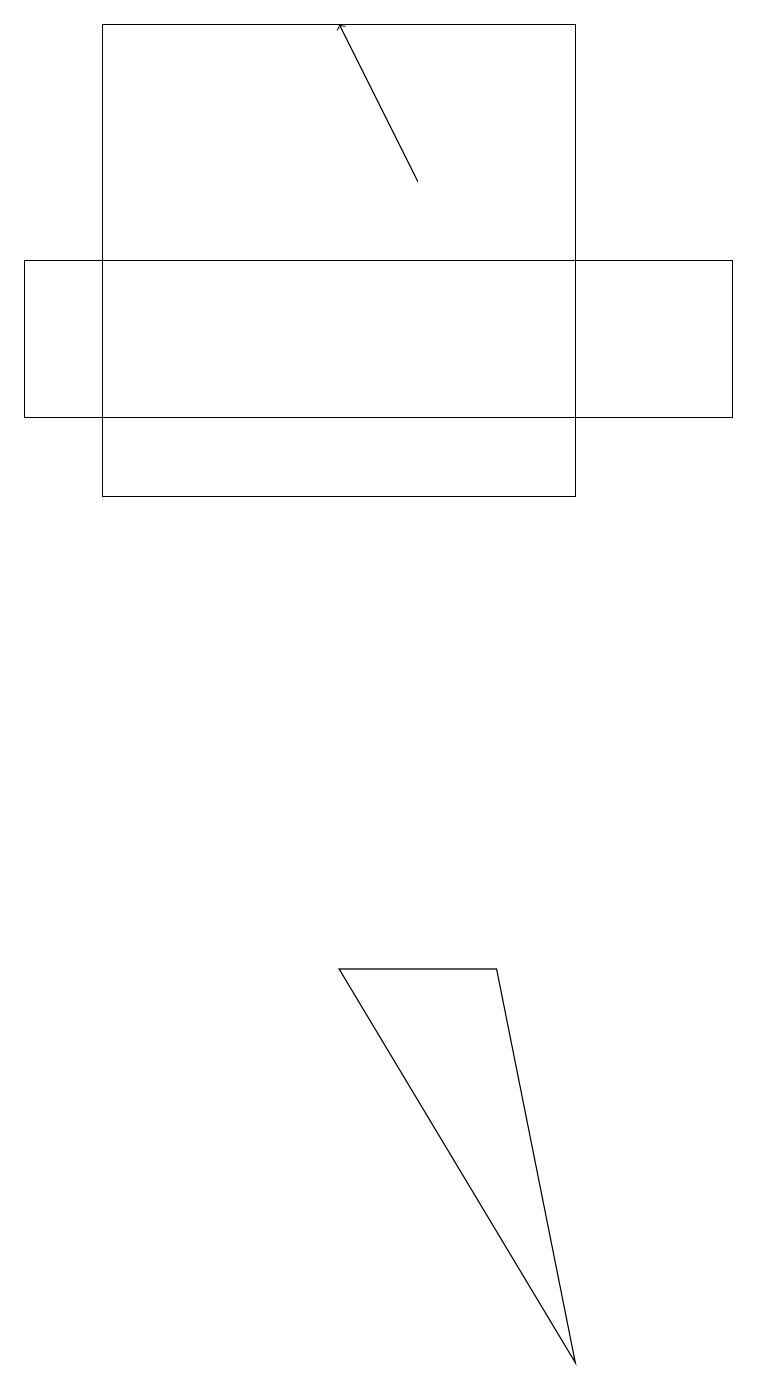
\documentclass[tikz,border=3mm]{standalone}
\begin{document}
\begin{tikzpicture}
\draw[->] (5,16) -- (4,18);
\draw (1,12) rectangle (7,18);
\draw (7,1) -- (4,6) -- (6,6) -- cycle;
\draw (0,13) rectangle (9,15);
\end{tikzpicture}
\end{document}